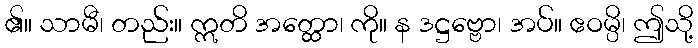
၏။ သာမီ၊ တည်း။ ဣတိ အတ္ထော၊ ကို။ န ဒဋ္ဌဗ္ဗော၊ အပ်။ ဧဝမ္ပိ၊ ဤသို့